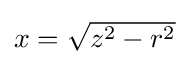
{\textstyle x={\sqrt {z^{2}-r^{2}}}}